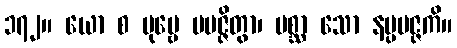
၁၇၂။ ယော စ ပုဗ္ဗေ ပမဇ္ဇိတွာ၊ ပစ္ဆာ သော နပ္ပမဇ္ဇကိ။